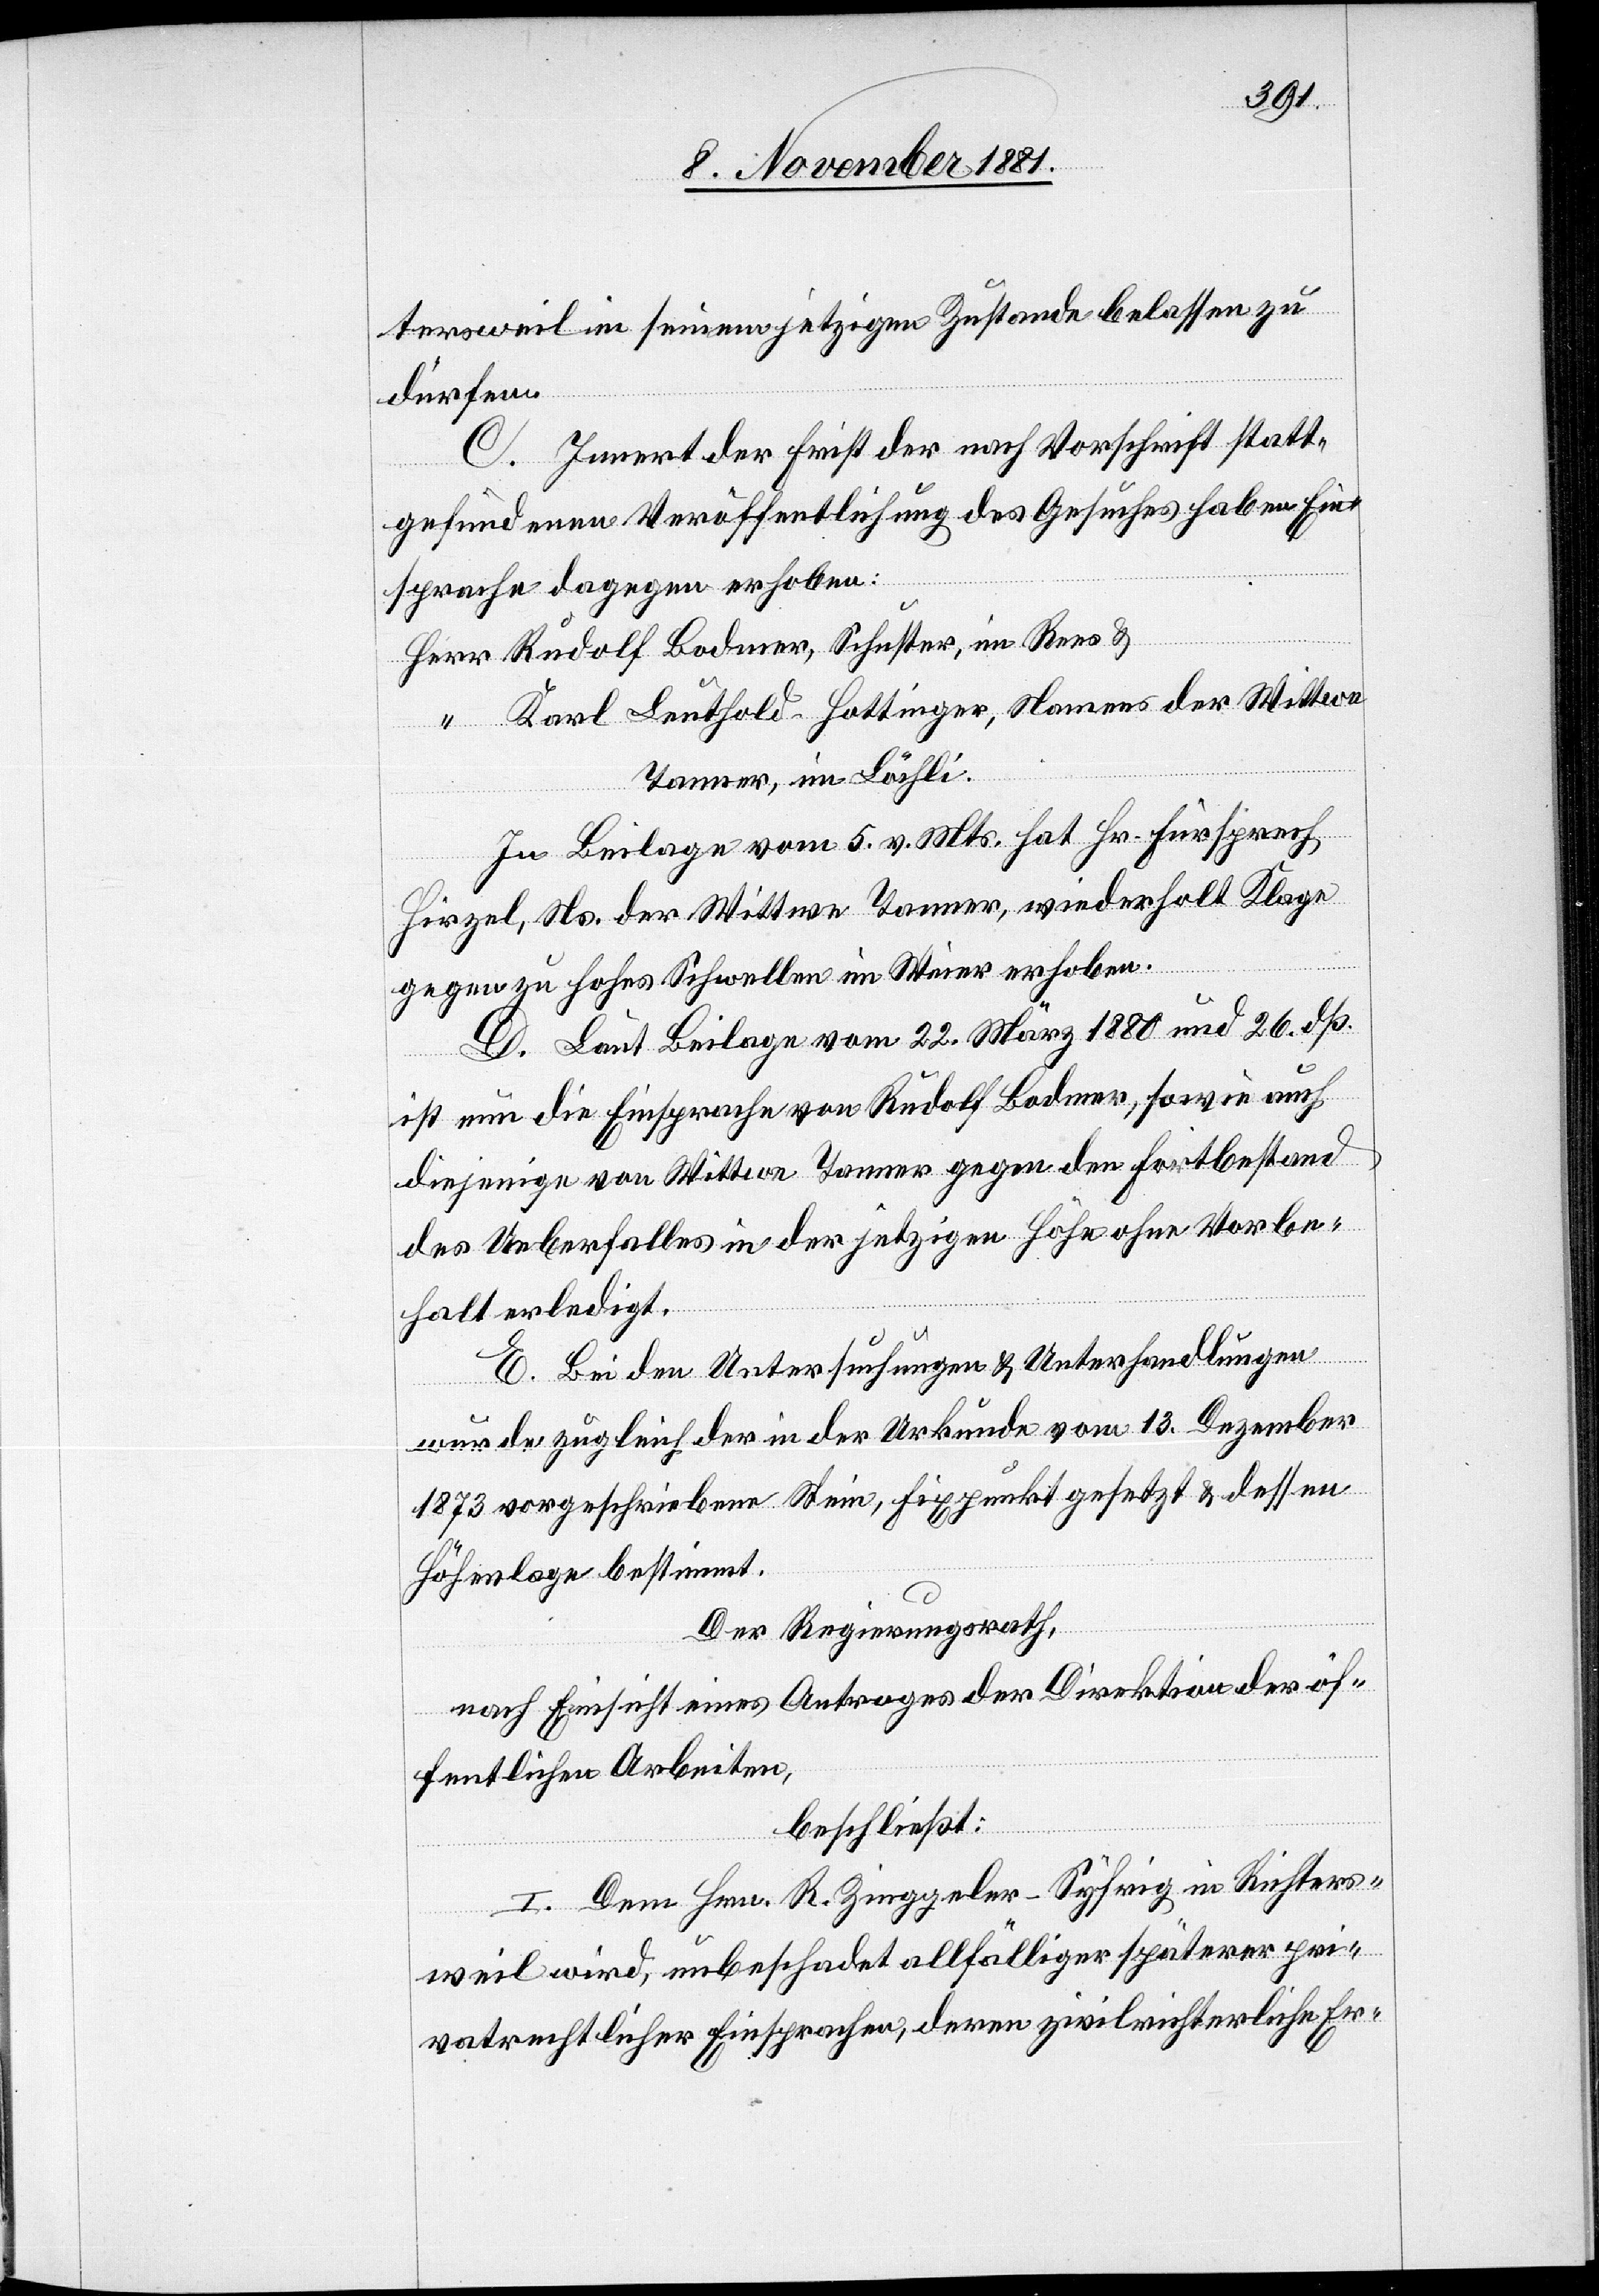
tersweil in seinem jetzigen Zustande belassen zu
dürfen.
C. Innert der Frist der nach Vorschrift statt¬
gefundenen Veröffentlichung des Gesuches haben Ein¬
sprache dagegen erhoben:
Herr Rudolf Bodmer, Schuster, im Rees &
“ Karl Leuthold-Hottinger, Namens der Wittwe
Tanner, im Lächli.
In Beilage vom 5. v. Mts. hat Hr. Fürsprech
Hirzel, Ns. der Wittwe Tanner, wiederholt Klage
gegen zu hohes Schwellen im Weier erhoben.
D. Laut Beilage vom 22. März 1880 und 26. dß.
ist nun die Einsprache von Rudolf Bodmer, sowie auch
diejenige von Wittwe Tanner gegen den Fortbestand
des Ueberfalles in der jetzigen Höhe ohne Vorbe¬
halt erledigt.
E. Bei den Untersuchungen & Unterhandlungen
wurde zugleich der in der Urkunde vom 13. Dezember
1873 vorgeschriebene Stein, Fixpunkt gesetzt & dessen
Höhenlage bestimmt.
Der Regierungsrath,
nach Einsicht eines Antrages der Direktion der öf¬
fentlichen Arbeiten,
beschließt:
I. Dem Hrn. R. Zinggeler-Syfrig in Richters¬
weil wird, unbeschadet allfälliger späterer pri¬
vatrechtlicher Einsprachen, deren zivilrichterliche Er-